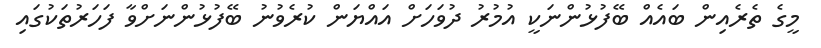
މީގެ ތެރެއިން ބައެއް ބޭފުޅުންނަކީ އުމުރު ދުވަހަށް އައްޔަން ކުރެވުނު ބޭފުޅުންނަށްވާ ފަހަރުތަކުގައި